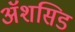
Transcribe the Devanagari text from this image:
ॲशसिड